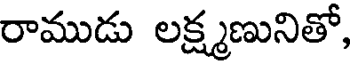
రాముడు లక్ష్మణునితో,